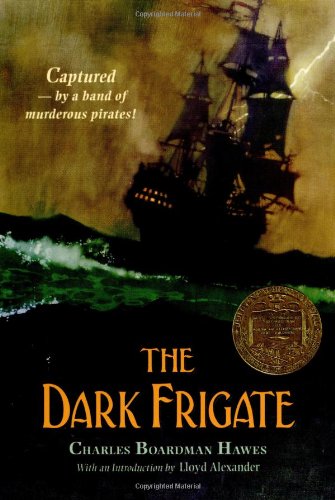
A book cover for The Dark Frigate; Charles Boardman Hawes; Teen & Young Adult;